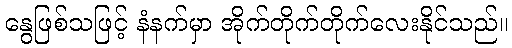
နွေဖြစ်သဖြင့် နံနက်မှာ အိုက်တိုက်တိုက်လေးနိုင်သည်။